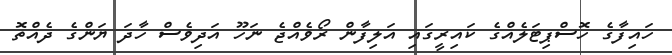
ހައިފާގެ ހޮސްޕިޓަލެއްގެ ކައިރީގައި އަލިފާން ރޯވެއްޖެ ނަހޫ އަދިވެސް ހާދަ ޔަންގެ ދެއްތޮ